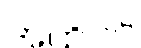
အထိပင်